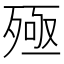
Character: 殛